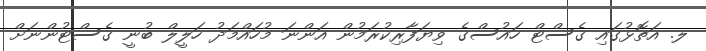
ލ. އަތޮޅުގައި ގެސްޓް ހައުސްގެ ވިޔަފާރިކުރަމުން އަންނަ މުހައްމަދު ހަލީލް ބުނީ ގެސްޓުންނަށް